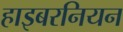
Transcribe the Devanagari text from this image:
हाइबरनियन